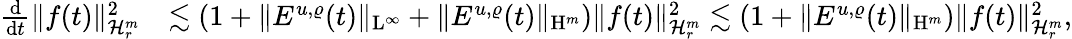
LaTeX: \begin{array}{rl}{\frac{\mathrm{d}}{\mathrm{d}t}\Vert f(t)\Vert_{\mathcal{H}_{r}^{m}}^{2}}&{\lesssim(1+\Vert E^{u,\varrho}(t)\Vert_{\mathrm{L}^{\infty}}+\Vert E^{u,\varrho}(t)\Vert_{\mathrm{H}^{m}})\Vert f(t)\Vert_{\mathcal{H}_{r}^{m}}^{2}\lesssim(1+\Vert E^{u,\varrho}(t)\Vert_{\mathrm{H}^{m}})\Vert f(t)\Vert_{\mathcal{H}_{r}^{m}}^{2},}\end{array}